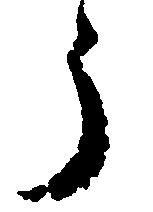
う